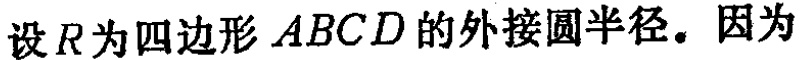
设\(R\)为四边形 \(ABCD\) 的外接圆半径。因为